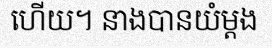
ហើយ។ នាងបានយំម្តង